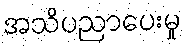
အသိပညာပေးမှု